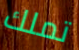
تملك